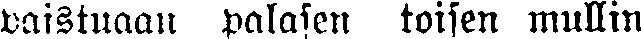
paistuaan palasen toisen mullin